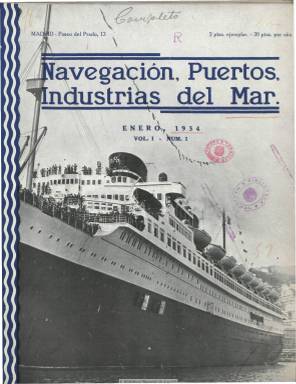
Título: Navegación, puertos, industrias del mar
Colección: Navegación
Ámbito geográfico: Madrid
Lugar de publicación: Madrid
Fechas: 01/01/1934-31/08/1934

Publicación especializada en las industrias marítimas (mercantil y pesquera), construcciones navales y artilleros, compañías navieras, organismos portuarios, navegación y tráfico marítimo o mercado de fletes, entre otros asuntos. Aparece en enero de 1934, con entregas mensuales que superan las treinta páginas, profusamente ilustradas con fotografías, algunas de ellas aéreas, planos, esquema y otros dibujos y figuras, de navíos, buques y otras embarcaciones, puertos, tanto españoles como de otros países, muelles, faros, maniobras militares, tripulaciones e, incluso, icebergs.

Publica artículos e información sobre política marítima, producción pesquera, estadísticas de tonelaje, buques, puertos, accidentes y naufragios, historia naval y otros de carácter técnico, económico y laboral. Tiene secciones de Bibliografía e Información general, y algunas inserciones publicitarias. Son sus directores y fundadores Vicente Olmo y José Marín Tovos, y cuenta con las colaboraciones de Alfredo Cal, Ramón Argüelles, Antonio Gómez de Arce, Odón de Buen, F. Fariña o P. Wohl, entre otros.

Tras publicar el número 8, correspondiente a agosto del mismo año de aparición, queda suspendida, siendo continuada en abril de 1935 por la revista Mar, que seguirá su numeración e iniciará un segundo volumen. Olmo también fundará y dirigirá, a partir de noviembre de 1934, la revista de geografía, costumbres y viajes Oasis. Estas dos publicaciones también forman parte de la colección de la Biblioteca Nacional de España.